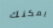
يمكنك